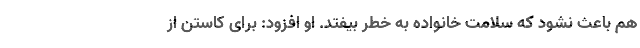
هم باعث نشود که سلامت خانواده به خطر بیفتد. او افزود: برای کاستن از